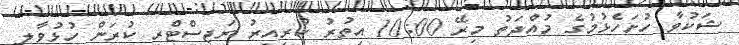
ޝަކުވާ ހުށަހެޅުމުގެ މުއްދަތު މިރޭ 10:00 އިތުރު ކުރިއިރު ރަޖިސްޓްރީ ކުރަން ހުޅުވާލި